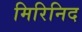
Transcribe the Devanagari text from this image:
मिरिनिद